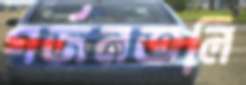
গর্জনতলি